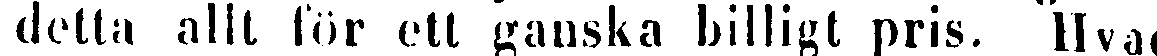
detta allt för ett ganska billigt pris. Hvad